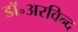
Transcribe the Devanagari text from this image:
डॉ॰अरविन्द